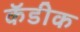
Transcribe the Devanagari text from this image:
कॅडीक